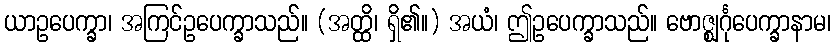
ယာဥပေက္ခာ၊ အကြင်ဥပေက္ခာသည်။ (အတ္ထိ၊ ရှိ၏။) အယံ၊ ဤဥပေက္ခာသည်။ ဗောဇ္ဈင်္ဂုပေက္ခာနာမ၊